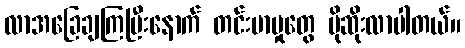
လာအခြေချကြပြီးနောက် တင်းမာမှုတွေ ပိုဆိုးလာပါတယ်။